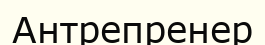
Антрепренер